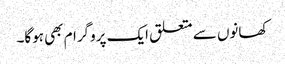
کھانوں سے متعلق ایک پروگرام بھی ہوگا۔